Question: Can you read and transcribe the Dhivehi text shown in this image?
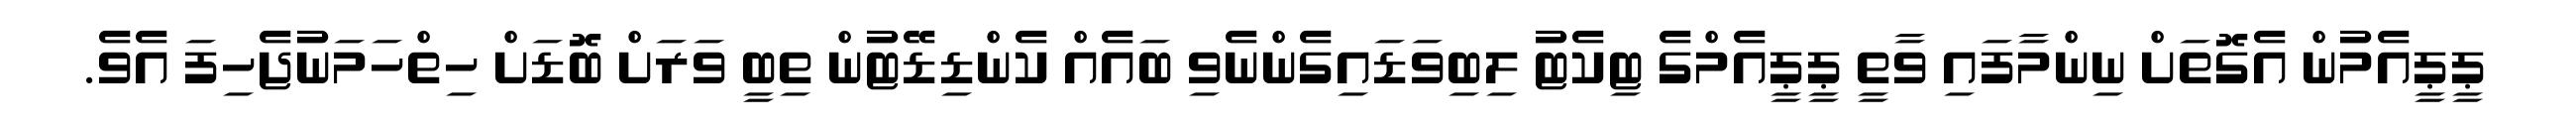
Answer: ޕީޕީއެމުން އެގޮތަށް ނިންމާފައި ވާތީ ޕީޕީއެމްގެ ޓިކެޓު ލިބިވަޑައިގެންނެވި ބައެއް ކެންޑިޑޭޓުން ތިބީ ވަރަށް ބޮޑަށް ހިތްހަމަނުޖެހިފަ އެވެ.